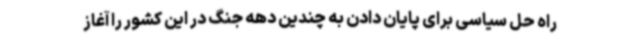
راه حل سیاسی برای پایان دادن به چندین دهه جنگ در این کشور را آغاز